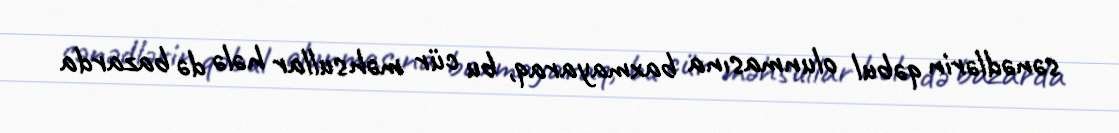
sənədlərin qəbul olunmasına baxmayaraq, bu cür məhsullar hələ də bazarda